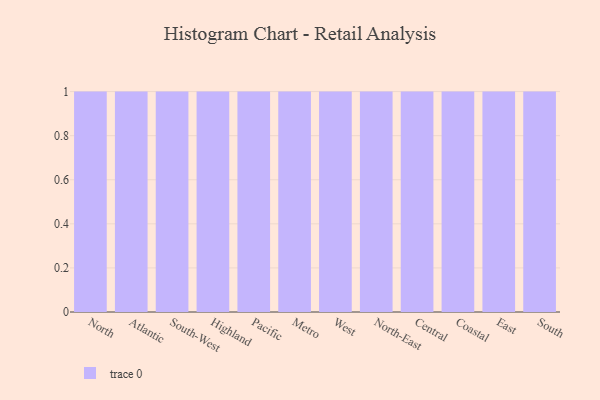
{"axis": {"x": "Region", "y": "Page Views"}, "legend": [""], "data": [{"x": "North", "y": 11, "type": ""}, {"x": "Atlantic", "y": 4, "type": ""}, {"x": "South-West", "y": 73, "type": ""}, {"x": "Highland", "y": 93, "type": ""}, {"x": "Pacific", "y": 24, "type": ""}, {"x": "Metro", "y": 45, "type": ""}, {"x": "West", "y": 74, "type": ""}, {"x": "North-East", "y": 11, "type": ""}, {"x": "Central", "y": 22, "type": ""}, {"x": "Coastal", "y": 88, "type": ""}, {"x": "East", "y": 92, "type": ""}, {"x": "South", "y": 79, "type": ""}]}